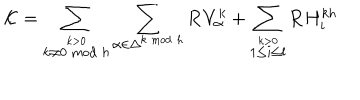
{ \cal K } = \sum _ { \stackrel { k > 0 } { k \neq 0 \bmod h } } \sum _ { \alpha \in \Delta ^ { k \bmod h } } { \bf R } V _ { \alpha } ^ { k } + \sum _ { \stackrel { k > 0 } { 1 \leq i \leq l } } { \bf R } H _ { i } ^ { k h }